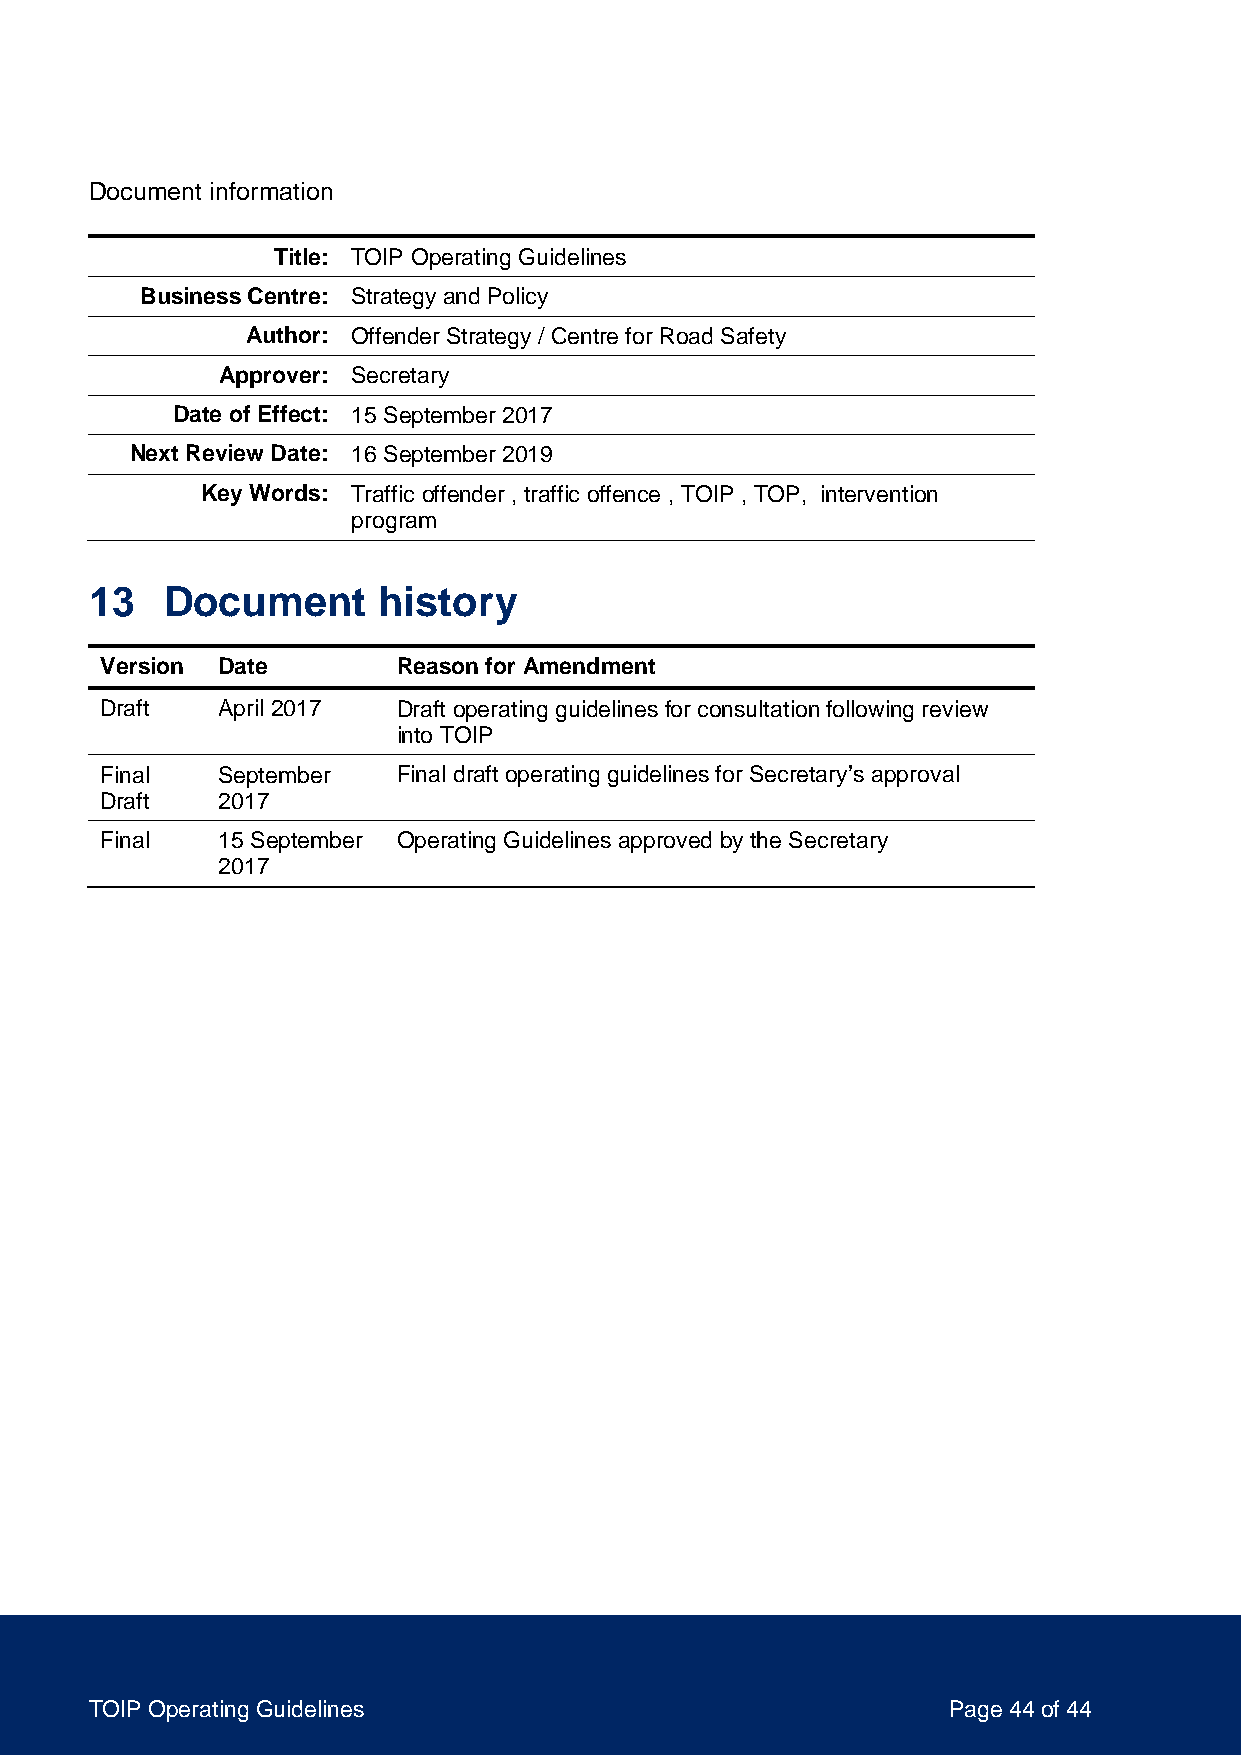
Document information
 Title: TOIP Operating Guidelines
 Business Centre: Strategy and Policy
 Author: Offender Strategy / Centre for Road Safety
 Approver: Secretary
 Date of Effect: 15 September 2017
 Next Review Date: 16 September 2019
 Key Words: Traffic offender , traffic offence , TOIP , TOP, intervention
 program
 13   Document      history
 Version Date       Reason for Amendment
 Draft  April 2017  Draft operating guidelines for consultation following review
 into TOIP
 Final  September   Final draft operating guidelines for Secretary’s approval
 Draft  2017
 Final  15 September Operating Guidelines approved by the Secretary
 2017
 TOIP Operating Guidelines                                Page 44 of 44